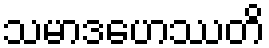
သမာဒဟေဿတိ